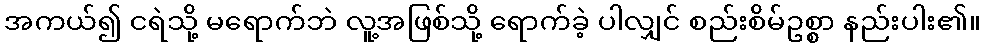
အကယ်၍ ငရဲသို့ မရောက်ဘဲ လူ့အဖြစ်သို့ ရောက်ခဲ့ ပါလျှင် စည်းစိမ်ဥစ္စာ နည်းပါး၏။